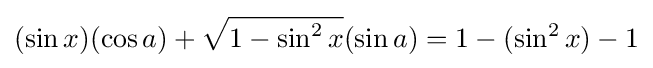
(\sin x)(\cos a)+{\sqrt {1-\sin ^{2}x}}(\sin a)=1-(\sin ^{2}x)-1